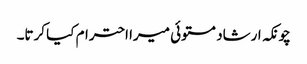
چونکہ ارشاد مستوئی میرا احترام کیا کرتا۔